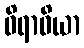
ဝိရာဓိယာ